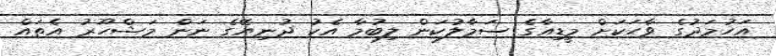
އަހުމަދުގެ ވާހަކަށް މީޑިއާގެ ސަމާލުކަން ލިބުމާ އެކު ދުނިޔޭގެ ނަން މަޝްހޫރު އެތައް